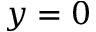
y = 0